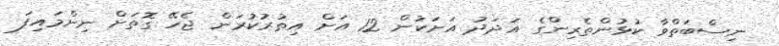
ނިސްބަތްވާ ކުޅުންތެރިންގެ އަދަދު އަށަކުން 12 އަށް އިތުރުކުރަން ޖެހޭ ގޮތަށް ނިންމައިފަ